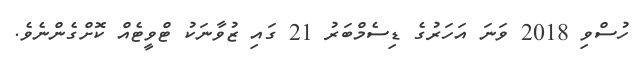
ހުސްވި 2018 ވަނަ އަހަރުގެ ޑިސެމްބަރު 21 ގައި ޒުވާނަކު ޓްވީޓެއް ކޮށްގެންނެވެ.